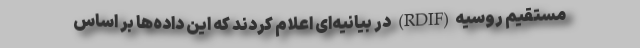
مستقیم روسیه(RDIF) در بیانیه‌ای اعلام کردند که این داده‌ها بر اساس